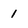
Character: 1